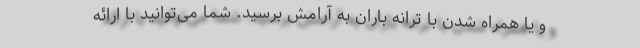
و یا همراه شدن با ترانه باران به آرامش برسید. شما می‌توانید با ارائه